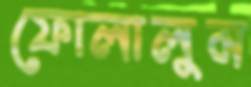
ফোলালুম